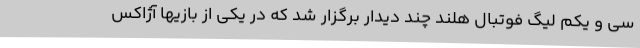
سی و یکم لیگ فوتبال هلند چند دیدار برگزار شد که در یکی از بازیها آژاکس